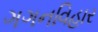
ગગનવિહાર